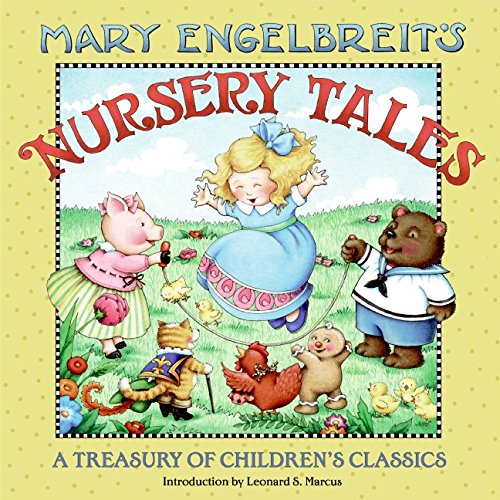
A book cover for Mary Engelbreit's Nursery Tales: A Treasury of Children's Classics; Mary Engelbreit; Children's Books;